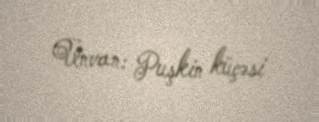
Ünvan: Puşkin küçəsi